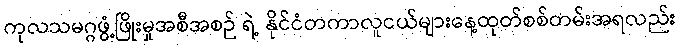
ကုလသမဂ္ဂဖွံ့ဖြိုးမှုအစီအစဉ် ရဲ့ နိုင်ငံတကာလူငယ်များနေ့ထုတ်စစ်တမ်းအရလည်း